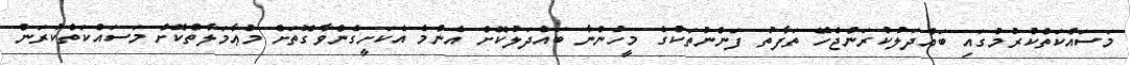
މަސައްކަތްކުރުމުގައި ބައްދަލުކުރަންޖެހޭ ތަފާތު ފަންނުތަކުގެ މީހުންނާ ބައްދަލުކޮށް އެންމެ އެކަށީގެންވާގޮތަށް މުޢާމަލާތްކޮށް މަސައްކަތްކުރަން